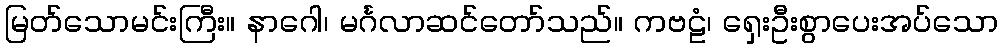
မြတ်သောမင်းကြီး။ နာဂေါ၊ မင်္ဂလာဆင်တော်သည်။ ကဗဠံ၊ ရှေးဦးစွာပေးအပ်သော